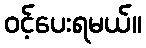
ဝင့်ပေးရမယ်။